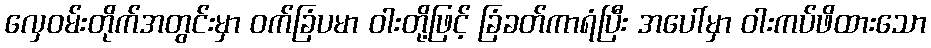
လှေဝမ်းတိုက်အတွင်းမှာ ဝက်ခြံပမာ ဝါးတို့ဖြင့် ခြံခတ်ကာရံပြီး အပေါ်မှာ ဝါးကပ်ဖိထားသော